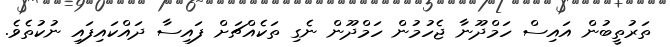
ތަރުތީބުން އައިސް ހަމްދޫނާ ޖެހުމުން ހަމްދޫން ނެގި ތަކެއްޗަށް ފައިސާ ދައްކައިފައި ނުކުތެވެ.